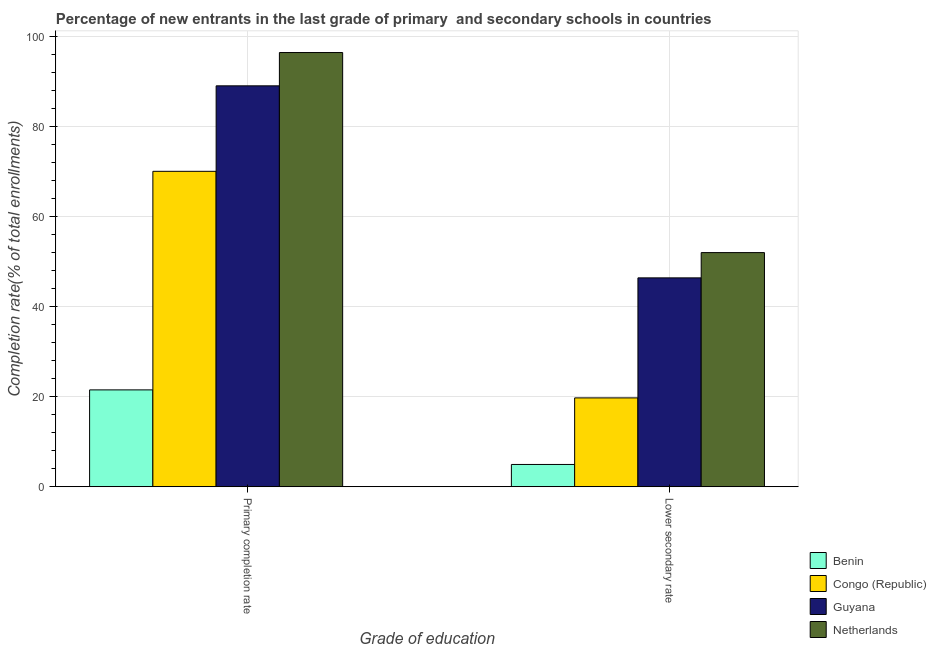
| Grade of education | Benin | Congo (Republic) | Guyana | Netherlands |
 | --- | --- | --- | --- | --- |
 | Primary completion rate | 21.5 | 70.1 | 89 | 96.4 |
 | Lower secondary rate | 4.94 | 19.7 | 46.4 | 52 |